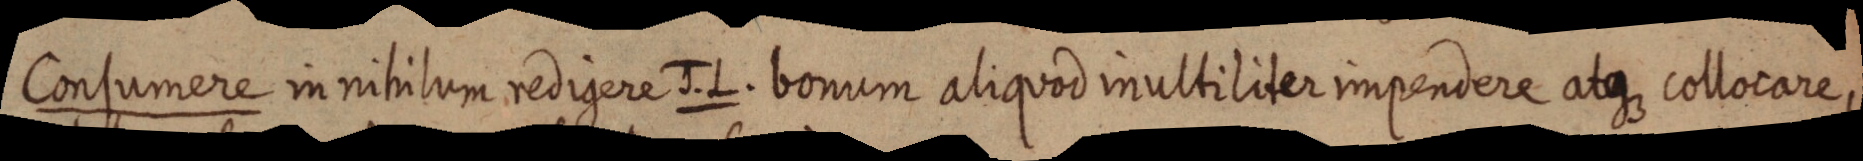
Consumere in nihilum redigere J. L. bonum aliquod inultiliter impendere atque collocare,